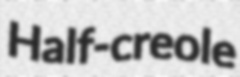
Half-creole